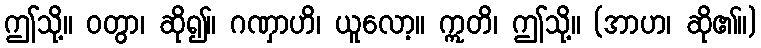
ဤသို့။ ဝတွာ၊ ဆို၍။ ဂဏှာဟိ၊ ယူလော့။ ဣတိ၊ ဤသို့။ (အာဟ၊ ဆို၏။)